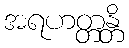
အရဟတ္တန္တိ